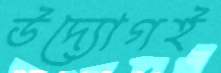
উদ্যোগই